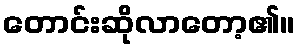
တောင်းဆိုလာတော့၏။